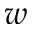
w